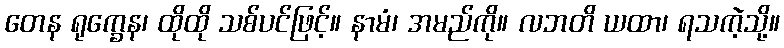
တေန ရုက္ခေန၊ ထိုထို သစ်ပင်ဖြင့်။ နာမံ၊ အမည်ကို။ လဘတိ ယထာ၊ ရသကဲ့သို့။